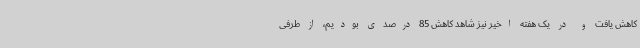
کاهش یافت و در یک هفته اخیر نیز شاهد کاهش 85 درصدی بودیم، از طرفی